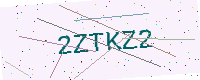
Text: 2ZTKZ2